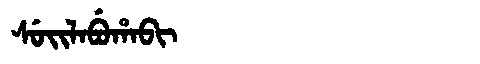
Manchu: ᠰᡠᡳᠯᠠᠪᡠᡥᠠᠪᡳ
Romanization: SUILABUHABI